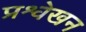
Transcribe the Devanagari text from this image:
प्रश्वेखन